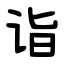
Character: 诣